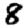
Digit: 8